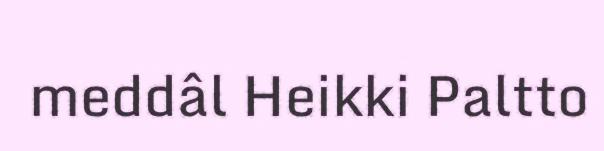
meddâl Heikki Paltto